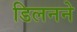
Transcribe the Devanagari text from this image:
डिलनने